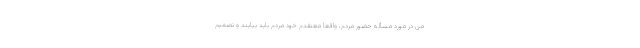
من در مورد مسأله حضور مردم، واقعا معتقدم خود مردم باید بیایند و تصمیم